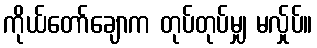
ကိုယ်တော်ချောက တုပ်တုပ်မျှ မလ်ှုပ်။